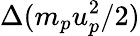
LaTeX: \Delta(m_{p}u_{p}^{2}/2)